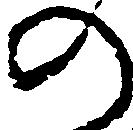
の